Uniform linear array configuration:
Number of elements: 64
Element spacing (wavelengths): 0.5
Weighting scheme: hamming
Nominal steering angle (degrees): -15
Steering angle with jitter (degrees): -16.828
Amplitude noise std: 0.05
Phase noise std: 0.05

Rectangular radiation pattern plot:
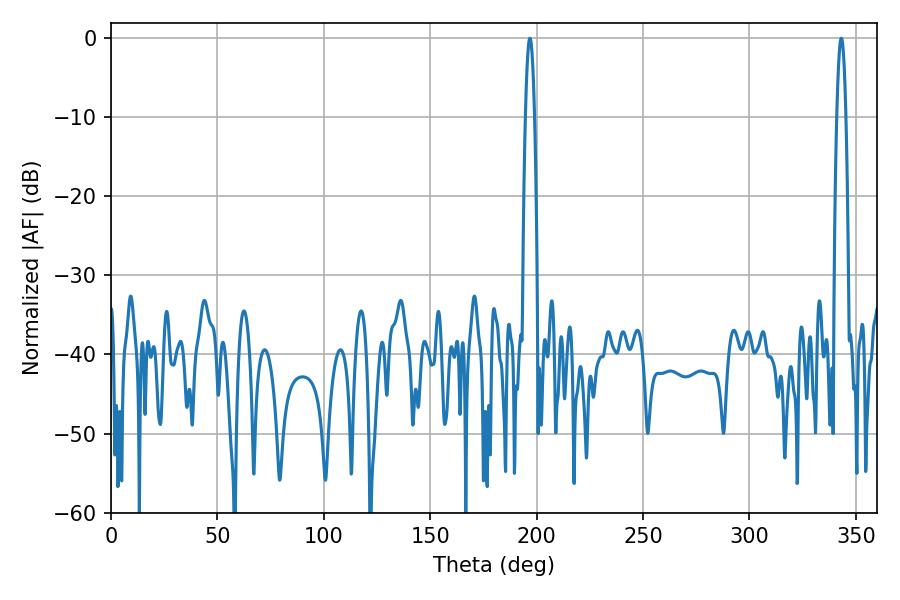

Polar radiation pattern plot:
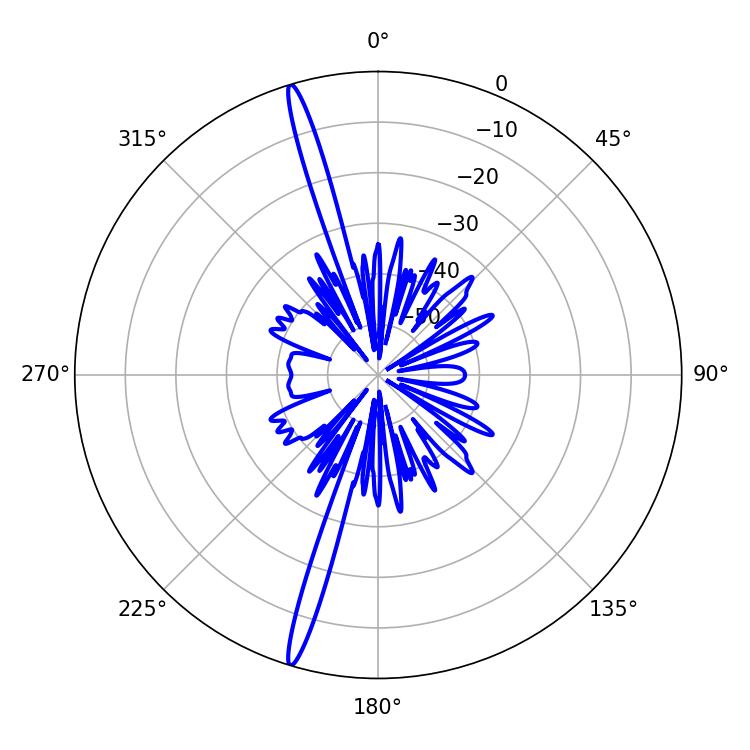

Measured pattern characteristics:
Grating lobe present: FALSE
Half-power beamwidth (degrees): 2.34
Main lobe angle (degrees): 343.08